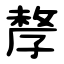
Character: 孷